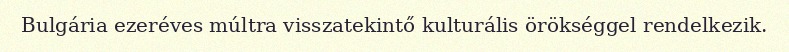
Bulgária ezeréves múltra visszatekintő kulturális örökséggel rendelkezik.